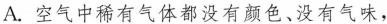
A. 空气中稀有气体都没有颜色、没有气味，